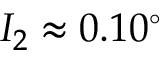
I _ { 2 } \approx 0 . 1 0 ^ { \circ }